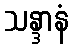
သန္ဒာနံ